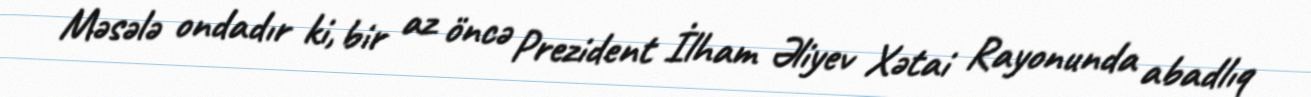
Məsələ ondadır ki, bir az öncə Prezident İlham Əliyev Xətai Rayonunda abadlıq